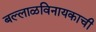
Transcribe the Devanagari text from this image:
बल्लाळविनायकाची